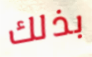
بذلك